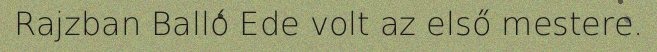
Rajzban Balló Ede volt az első mestere.